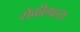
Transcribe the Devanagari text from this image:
सेकीगहरा